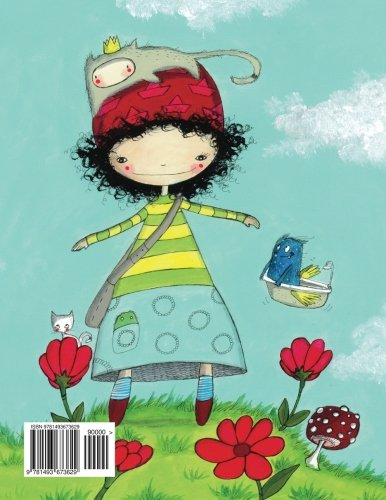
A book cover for Men kewecheakem?: Ak dasetan meswer newsheth Philipp Winterberg w Nadja wichmann (Persian Edition); Philipp Winterberg; Children's Books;